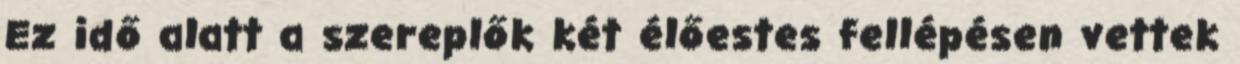
Ez idő alatt a szereplők két élőestes fellépésen vettek